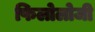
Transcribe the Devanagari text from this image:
फिलोलोजी